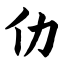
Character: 仂